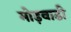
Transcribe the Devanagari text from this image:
मोड़वाडी